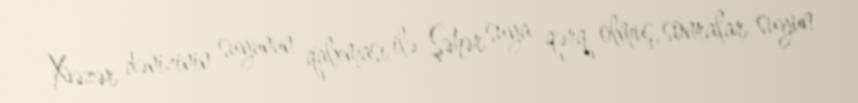
Xəzər dənizinin suyunun qalxması ilə Şəhər suya qərq olmuş, sonralar suyun